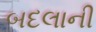
બદલાની